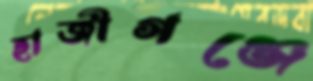
হাজীগঞ্জে